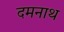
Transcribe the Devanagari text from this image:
दमनाथ